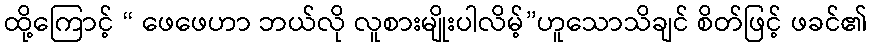
ထို့ကြောင့် “ ဖေဖေဟာ ဘယ်လို လူစားမျိုးပါလိမ့်”ဟူသောသိချင် စိတ်ဖြင့် ဖခင်၏